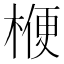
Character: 楩